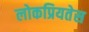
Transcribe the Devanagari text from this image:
लोकप्रियतेस